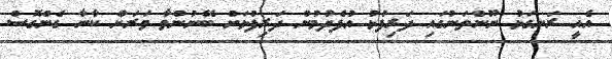
އެއީ ރަނގަޅު ނޫންތަނުގައި ދަރިފުޅު އުފެދުމުން ދަރިފުޅަށް ބޭނުންވާ ވަރަށް ކާނާ ގެންގޮސް